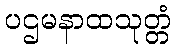
ပဌမနာထသုတ္တံ